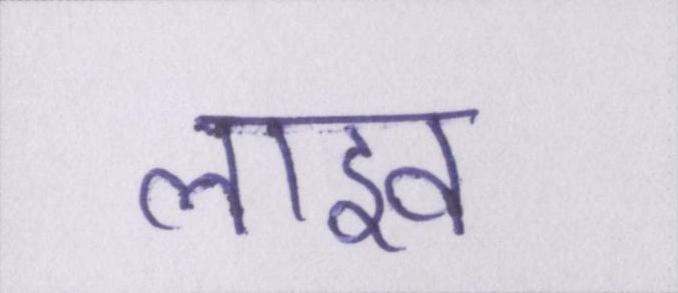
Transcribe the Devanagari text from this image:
लाइव